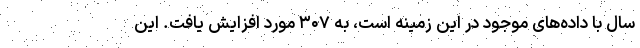
سال با داده‌های موجود در این زمینه است، به ۳۰۷ مورد افزایش یافت. این